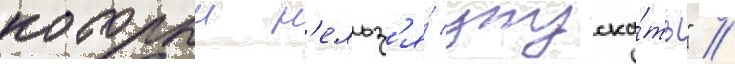
которыи н'ельз'я́ упуска́ть" //